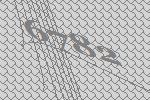
6782